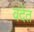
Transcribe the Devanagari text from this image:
वदेत